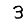
Digit: 3